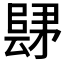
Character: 𲉛